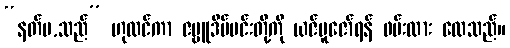
“နတ်မ,သည်” ဟုထင်ကာ ဇမ္ဗူဒိပ်မင်းတို့ကို ယဇ်ပူဇော်ရန် ဖမ်းထား လေသည်။